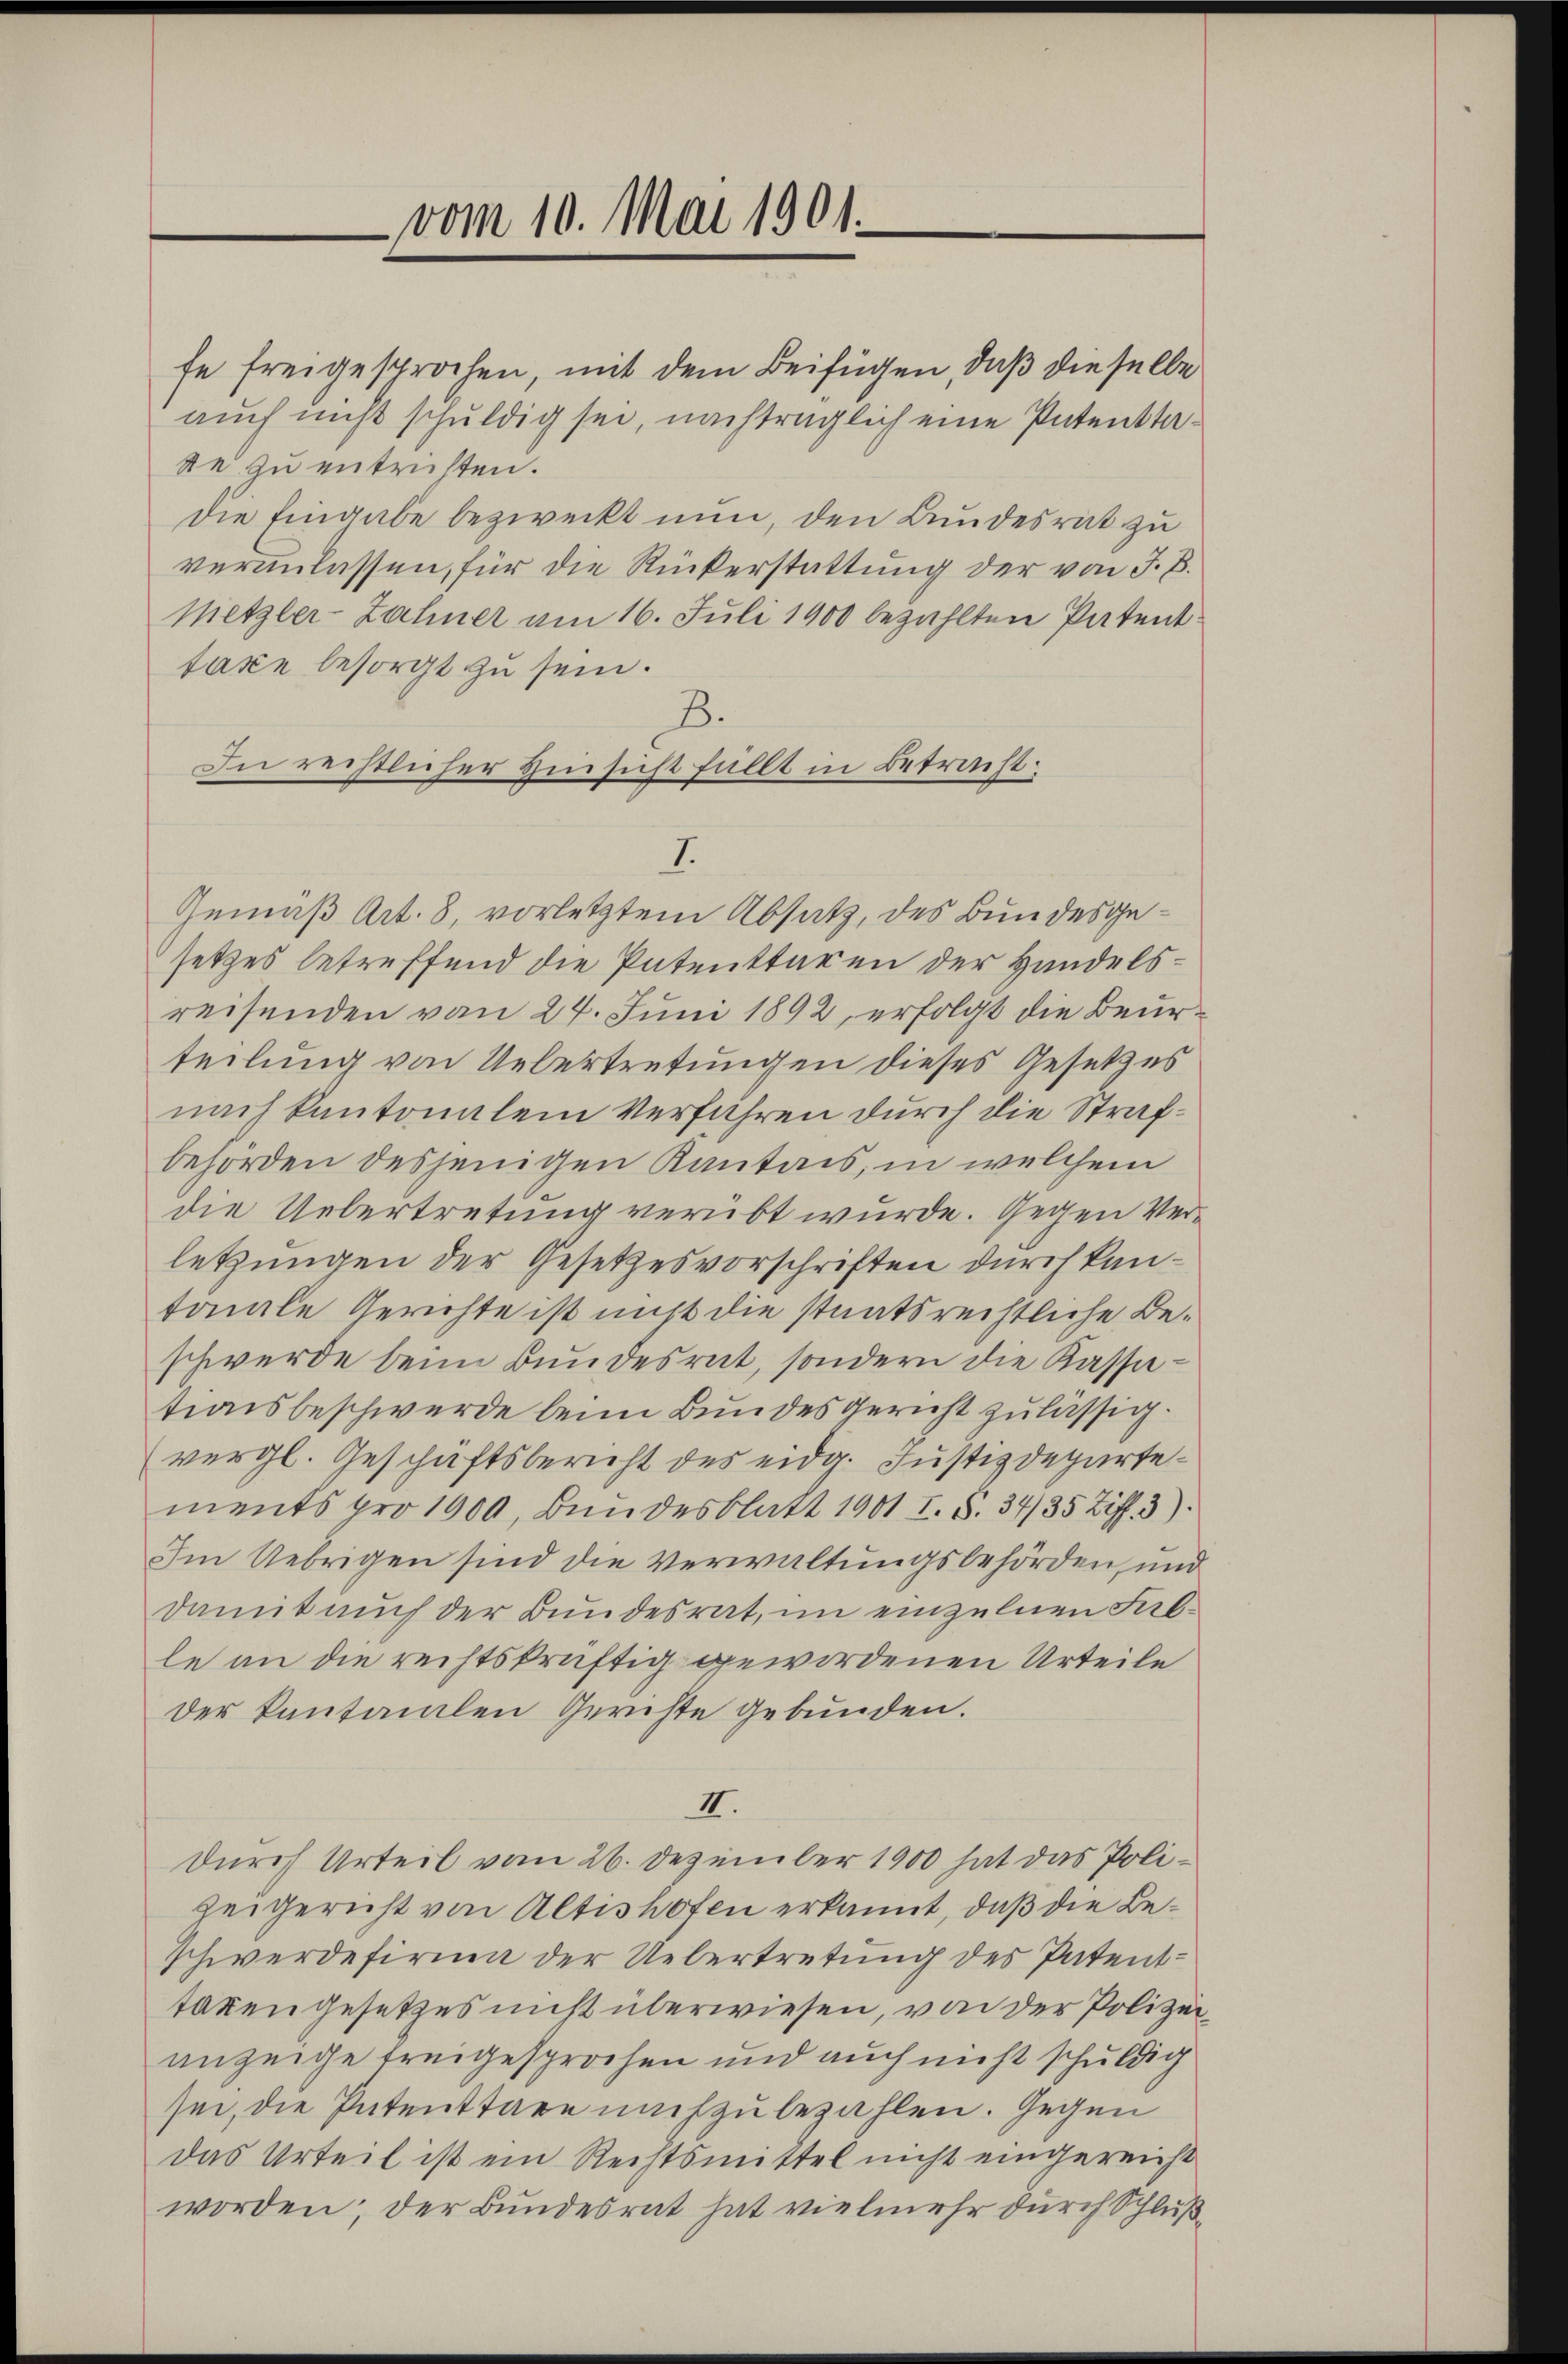
vom 10. Mai 1901.

fe freigesprochen, mit dem Beifügen, daß dieselbe
auch nicht schuldig sei, nachträglich eine Patenttatte zu entritten.
die Eingabe bezweckt nun, den Bundesrat zu
veranlassen, für die Rückerstattung der von J. B.
Metzler-Zähner am 16. Juli 1900 bezahlten Patenttaxe besorgt zu sein.
B.
In rechtlicher Hinsicht füllt in Betracht:
Gemäß Art. 8, vorletztem Absatz, des Bundesgesetzes betreffend die Patenttaren der Handelsreisenden vom 24. Juni 1892, erfolgt die Beurteilung von Uebertretungen dieses Gesetzes
nach kantonalem Verfahren durch die Strafbehörden desjenigen Kantais, in welchem
die Uebertretung verübt wurde. Gegen Verletzungen der Gesetzesvorschriften durch kantonale Gerichte ist nicht die staatsrechtliche Beschwerde beim Bundesrat, sondern die Kassationsbeschwerde beim Bundesgericht zulässig.
vergl. Geschäftsbericht des eidg. Justizdepartements pro 1900, Bundesblatt 1901 I. S. 34/35 Ziff. 3).
Im Uebrigen sind die Verwaltungsbehörden, und
damit auch der Bundesrat, im einzelnen Falle an die rechtskräftig gewordenen Urteile
der kantonalen Gerichte gebunden.
III.
durch Urteil vom 26. Dezember 1900 hat das Polizeigericht von Altishofen erkannt, daß die Beschwerdefirma der Uebertretung des Patenttaken gesetzes nicht überwiesen, von der Polizeianzeige treigesprochen und auch nicht schuldig
sei, die Patenttare nachzubezahlen. Gegen
das Urteil ist ein Rechtsmittel nicht eingereicht
worden; der Bundesrat hat vielmehr durch Schluß¬

I.